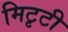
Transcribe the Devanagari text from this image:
मिटृटी